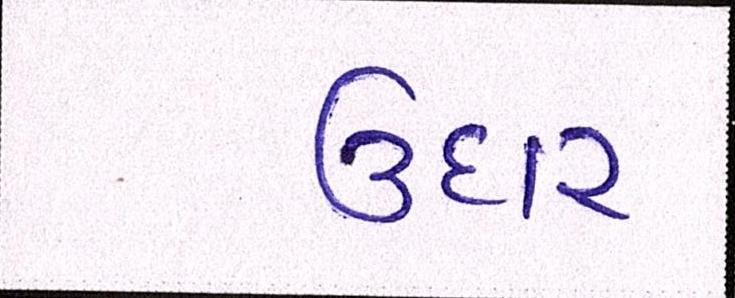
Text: ઉદાર